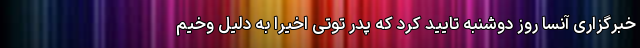
خبرگزاری آنسا روز دوشنبه تایید کرد که پدر توتی اخیرا به دلیل وخیم